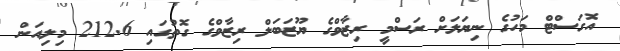
އޮގަސްޓް މަހުގެ ނިޔަލަށް ރަސްމީ ރިޒާވްގެ ޔޫޒަބަލް ރިޒާވްގެ ގޮތުގައި 212.6 މިލިއަން